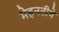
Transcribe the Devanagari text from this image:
मेहनतीचे